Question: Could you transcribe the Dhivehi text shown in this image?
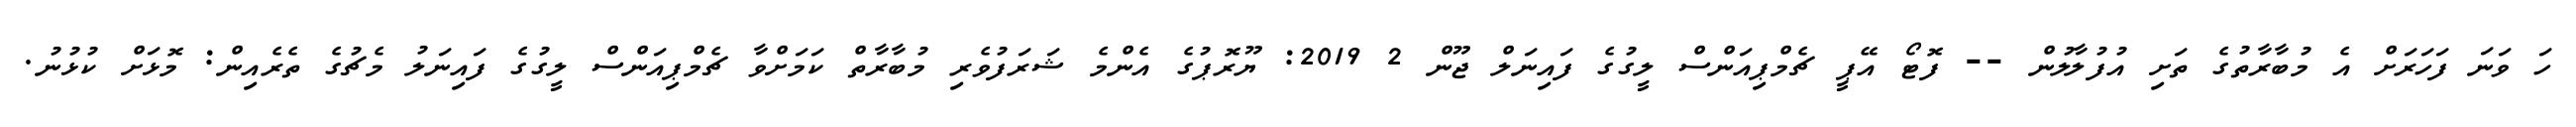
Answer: ހަ ވަނަ ފަހަރަށް އެ މުބާރާތުގެ ތަށި އުފުލާލުން -- ފޮޓޯ އޭޕީ ޗެމްޕިއަންސް ލީގުގެ ފައިނަލް ޖޫން 2 2019: ޔޫރޮޕުގެ އެންމެ ޝަރަފުވެރި މުބާރާތް ކަމަށްވާ ޗެމްޕިއަންސް ލީގުގެ ފައިނަލު މެޗުގެ ތެރެއިން: މޮޅަށް ކުޅުނު.